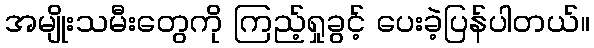
အမျိုးသမီးတွေကို ကြည့်ရှုခွင့် ပေးခဲ့ပြန်ပါတယ်။